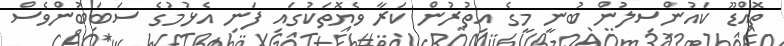
ތޮއްޑޫ ކައުންސިލުން ބުނީ މީގެ އިތުރުން ކަރާ ވެޔޮތަކުގައި ފަނި އެޅުމުގެ ސަބަބުންވެސް